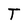
Character: T